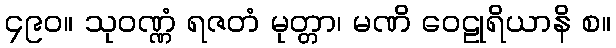
၄၉၀။ သုဝဏ္ဏံ ရဇတံ မုတ္တာ၊ မဏိ ဝေဠုရိယာနိ စ။